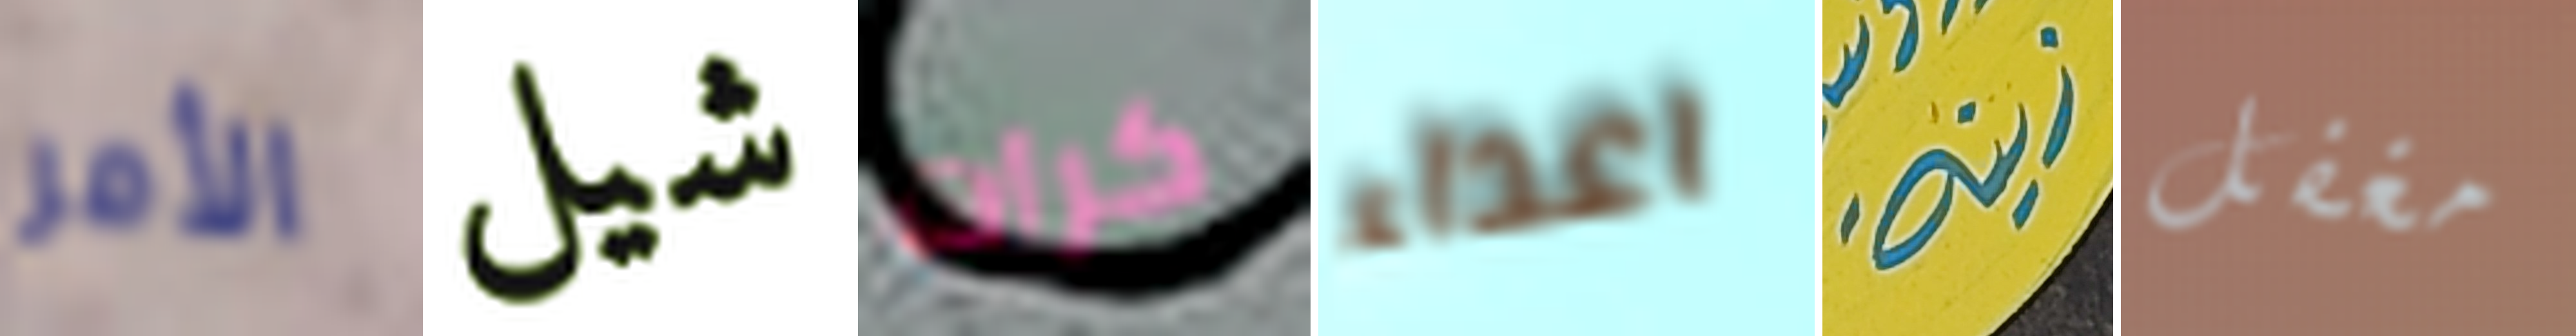
الأمر شيل كرات اعداء زينة مغفل